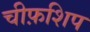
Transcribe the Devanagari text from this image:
चीफ़शिप